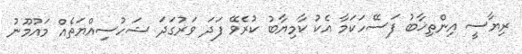
ރިޔާސީ އިންތިޚާބު ފަސޭހަކަމާ އެކު ކާމިޔާބު ކުރެވޭ ފަދަ ވަރުގަދަ ޝަހުސިއްޔަތެއް މައުމޫނު